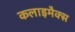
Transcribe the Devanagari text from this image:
कलाइमैक्स